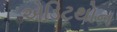
એડિટથોન